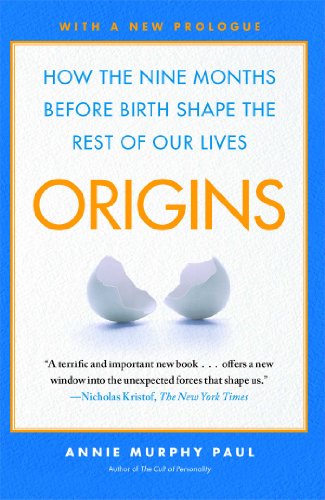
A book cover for Origins: How the Nine Months Before Birth Shape the Rest of Our Lives; Annie Murphy Paul; Health, Fitness & Dieting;